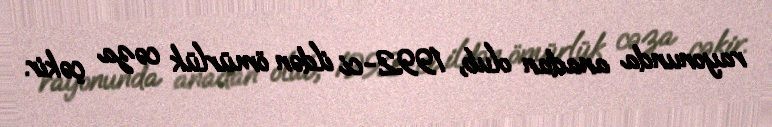
rayonunda anadan olub, 1992-ci ildən ömürlük cəza çəkir.